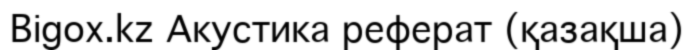
Bigox.kz Акустика реферат (қазақша)